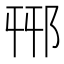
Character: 𨚾